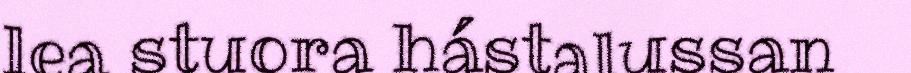
lea stuora hástalussan